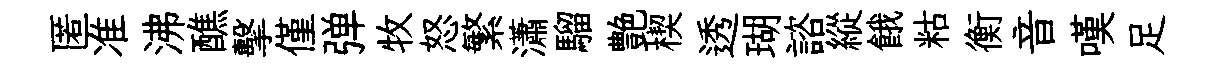
匿准沸醮擊僅弹牧怒繁瀟騮艶楔透瑚諮縱餓䊀衡音嘆足